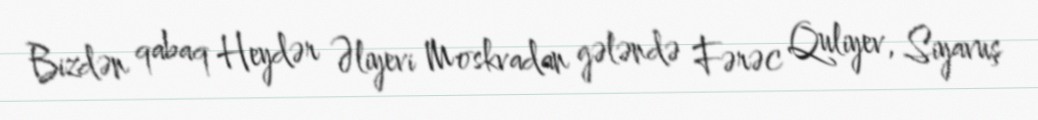
Bizdən qabaq Heydər Əliyevi Moskvadan gələndə Fərəc Quliyev, Siyavuş